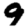
Digit: 9